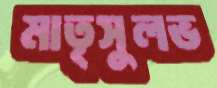
মাতৃসুলভ